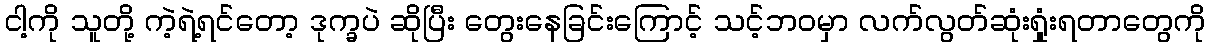
ငါ့ကို သူတို့ ကဲ့ရဲ့ရင်တော့ ဒုက္ခပဲ ဆိုပြီး တွေးနေခြင်းကြောင့် သင့်ဘဝမှာ လက်လွတ်ဆုံးရှုံးရတာတွေကို